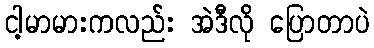
ငါ့မာမားကလည်း အဲဒီလို ပြောတာပဲ